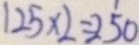
1 2 5 \times 2 = 2 5 0